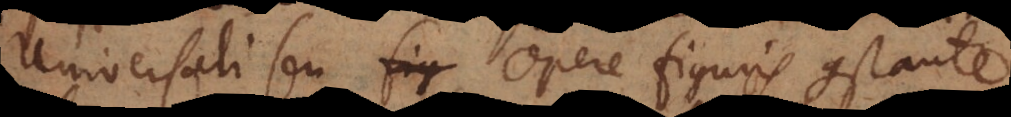
Universali seu opere figuris constante,